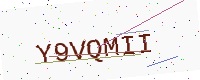
Text: Y9VQMII